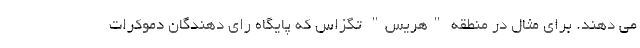
می دهند. برای مثال در منطقه "هریس" تگزاس که پایگاه رای دهندگان دموکرات